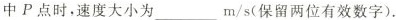
中P点时，速度大小为_____m/s(保留两位有效数字).